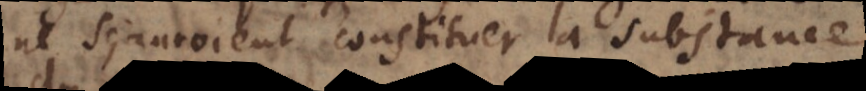
ne sçauroient constituer la substance